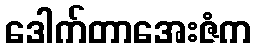
ဒေါက်တာအေးဇံက